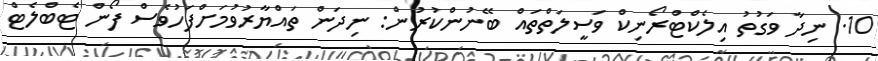
10. ނިދާ ވަގުތު އިލެކްޓްރޯނިކް ވަސީލަތްތައް ބޭނުންކުރުން: ނިދަން ތައްޔާރުވުމަށްފަހުވެސް ފޯން ޓެބްލެޓް